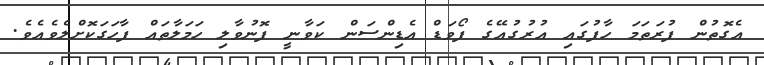
އެގޮތުން ފުރަތަމަ ހާފުގައި އުރުގުއޭގެ ފޯވަޑް އެޑިންސަން ކަވާނީ ފޮނުވާލި ހަމަލާތައް ފާހަގަކޮށްލެވެއެވެ.